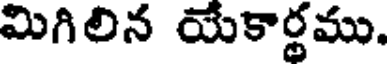
మిగిలిన యేకార్థము.